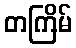
တကြိမ်